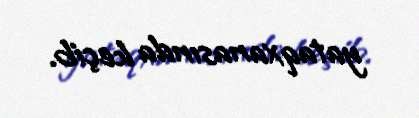
yataqxanasında keçib.